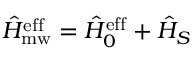
\hat { H } _ { \mathrm { m w } } ^ { \mathrm { e f f } } = \hat { H } _ { 0 } ^ { \mathrm { e f f } } + \hat { H } _ { S }